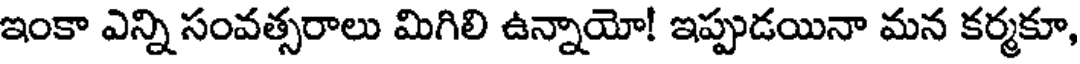
ఇంకా ఎన్ని సంవత్సరాలు మిగిలి ఉన్నాయో! ఇప్పుడయినా మన కర్మకూ,